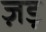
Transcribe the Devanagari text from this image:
ज़ड़